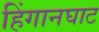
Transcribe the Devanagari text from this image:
हिंगानघाट